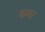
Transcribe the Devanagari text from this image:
ढगा